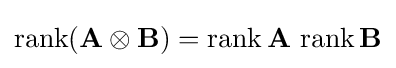
\operatorname {rank} (\mathbf {A} \otimes \mathbf {B} )=\operatorname {rank} \mathbf {A} \,\operatorname {rank} \mathbf {B}